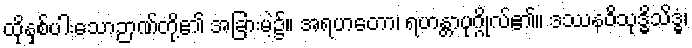
ထိုနှစ်ပါးသောဉာဏ်တို့၏ အခြားမဲ့၌။ အရဟတော၊ ရဟန္တာပုဂ္ဂိုလ်၏။ ဒဿနဝိသုဒ္ဓိသိဒ္ဓံ၊